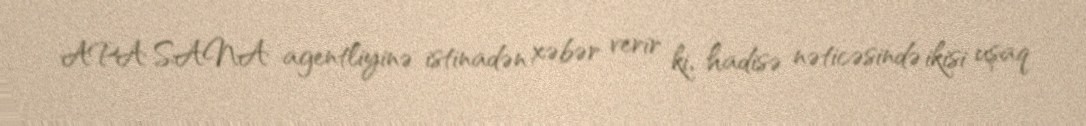
APA SANA agentliyinə istinadən xəbər verir ki, hadisə nəticəsində ikisi uşaq